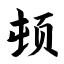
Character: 顿